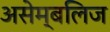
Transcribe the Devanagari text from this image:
असेम्बलिज